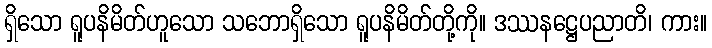
ရှိသော ရူပနိမိတ်ဟူသော သဘောရှိသော ရူပနိမိတ်တို့ကို။ ဒဿနဋ္ဌေပညာတိ၊ ကား။